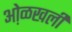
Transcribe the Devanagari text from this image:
ओ़ळखली